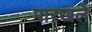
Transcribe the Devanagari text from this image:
पारखले